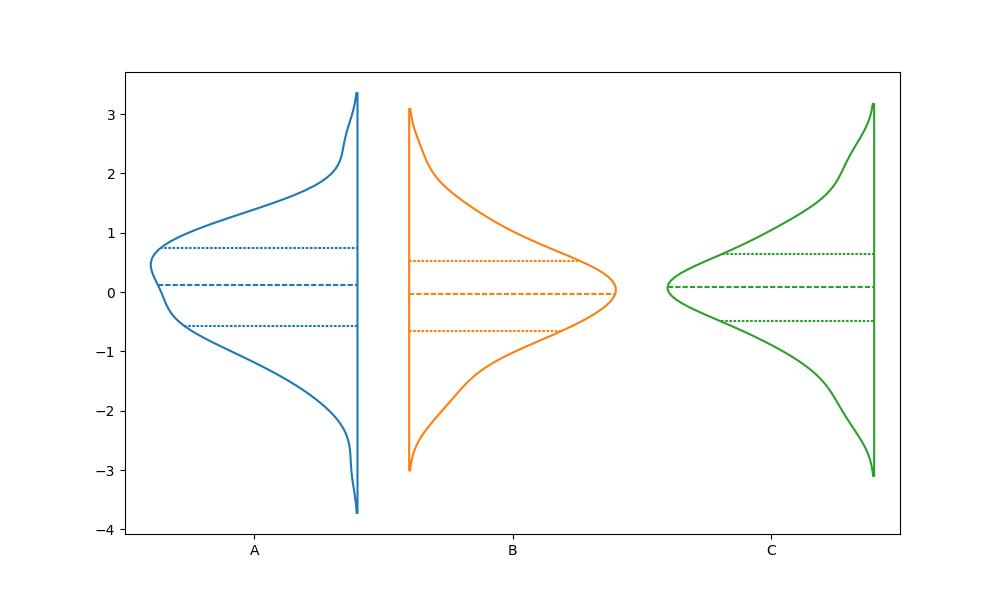
python, seaborn, violinplot, scale='area', split='True', inner='quart', fill='False'